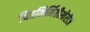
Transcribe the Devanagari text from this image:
चित्रनिर्मितीखेरीज